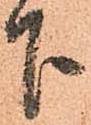
下